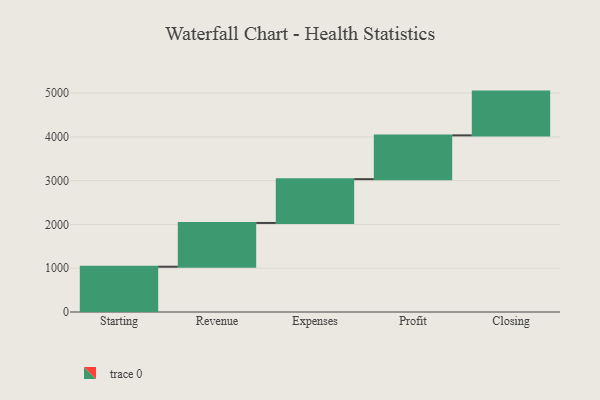
{"axis": {"x": "Step", "y": "Value"}, "legend": [""], "data": [{"x": "Starting", "y": 1034.0, "type": ""}, {"x": "Revenue", "y": 1000, "type": ""}, {"x": "Expenses", "y": 1000, "type": ""}, {"x": "Profit", "y": 1000, "type": ""}, {"x": "Closing", "y": 1000, "type": ""}]}